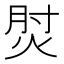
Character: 𰞧